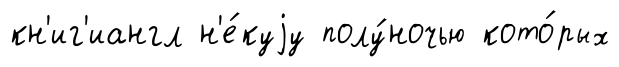
кн'иг'иангл н'е́куjу полу́ночью кото́рых